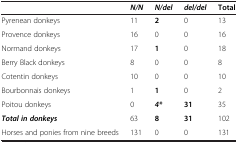
<table><thead><tr><td></td><td><b><i>N/N</i></b></td><td><b><i>N/del</i></b></td><td><b><i>del/del</i></b></td><td><b>Total</b></td></tr></thead><tbody><tr><td>Pyrenean donkeys</td><td>11</td><td><b>2</b></td><td>0</td><td>13</td></tr><tr><td>Provence donkeys</td><td>16</td><td>0</td><td>0</td><td>16</td></tr><tr><td>Normand donkeys</td><td>17</td><td><b>1</b></td><td>0</td><td>18</td></tr><tr><td>Berry Black donkeys</td><td>8</td><td>0</td><td>0</td><td>8</td></tr><tr><td>Cotentin donkeys</td><td>10</td><td>0</td><td>0</td><td>10</td></tr><tr><td>Bourbonnais donkeys</td><td>1</td><td><b>1</b></td><td>0</td><td>2</td></tr><tr><td>Poitou donkeys</td><td>0</td><td><b><i>4*</i></b></td><td><b>31</b></td><td>35</td></tr><tr><td><b><i>Total in donkeys</i></b></td><td>63</td><td><b>8</b></td><td><b>31</b></td><td>102</td></tr><tr><td>Horses and ponies from nine breeds</td><td>131</td><td>0</td><td>0</td><td>131</td></tr></tbody></table>